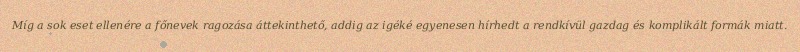
Míg a sok eset ellenére a főnevek ragozása áttekinthető, addig az igéké egyenesen hírhedt a rendkívül gazdag és komplikált formák miatt.